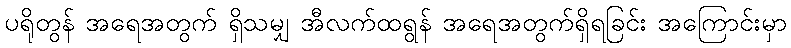
ပရိုတွန် အရေအတွက် ရှိသမျှ အီလက်ထရွန် အရေအတွက်ရှိရခြင်း အကြောင်းမှာ